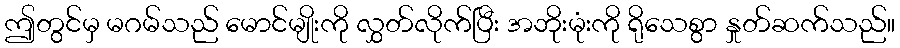
ဤတွင်မှ မဂမ်သည် မောင်မျိုးကို လွှတ်လိုက်ပြီး အဘိုးမုံးကို ရိုသေစွာ နှုတ်ဆက်သည်။